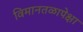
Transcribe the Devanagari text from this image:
विमानतळापेक्षा